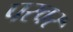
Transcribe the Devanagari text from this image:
परवर